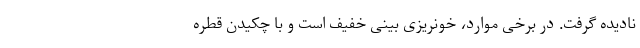
نادیده گرفت. در برخی موارد، خونریزی بینی خفیف است و با چکیدن قطره